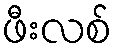
ဖီးလစ်